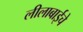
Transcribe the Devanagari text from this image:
लीलाबाईचे